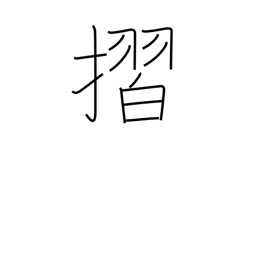
Meaning: rub